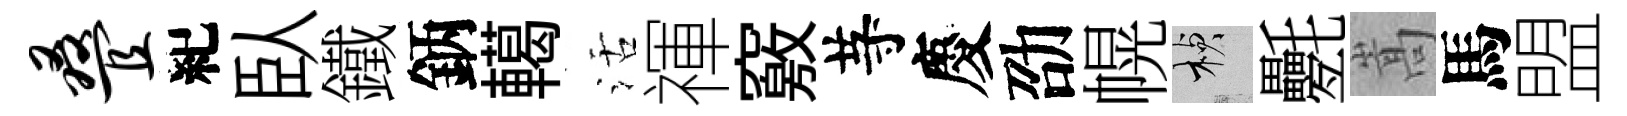
叠紀臥鐵鈵轕活禈竅䒭慶劭幌楨氎嵩馬盟